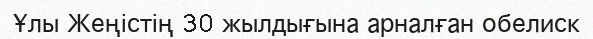
Ұлы Жеңістің 30 жылдығына арналған обелиск